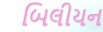
બિલીયન